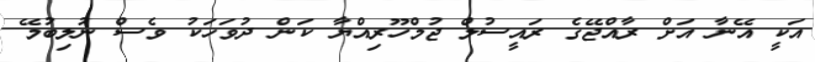
އަކީ އޭނާ އަށް ރާއްޖޭގެ ރައީސުލް ޖުމްހޫރިއްޔާ ކަން ދުވަހަކު ވެސް ނުލިބުމޭ